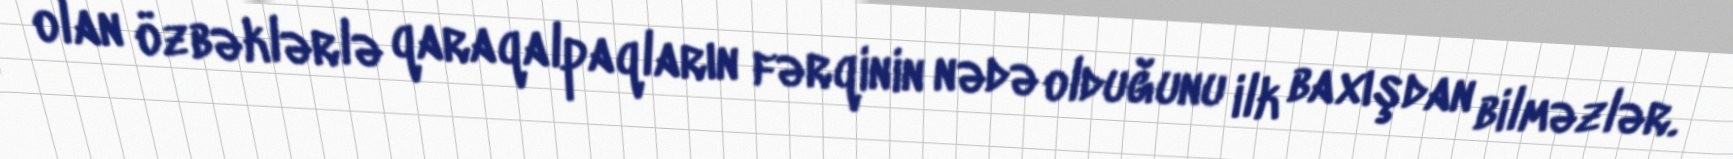
olan özbəklərlə qaraqalpaqların fərqinin nədə olduğunu ilk baxışdan bilməzlər.